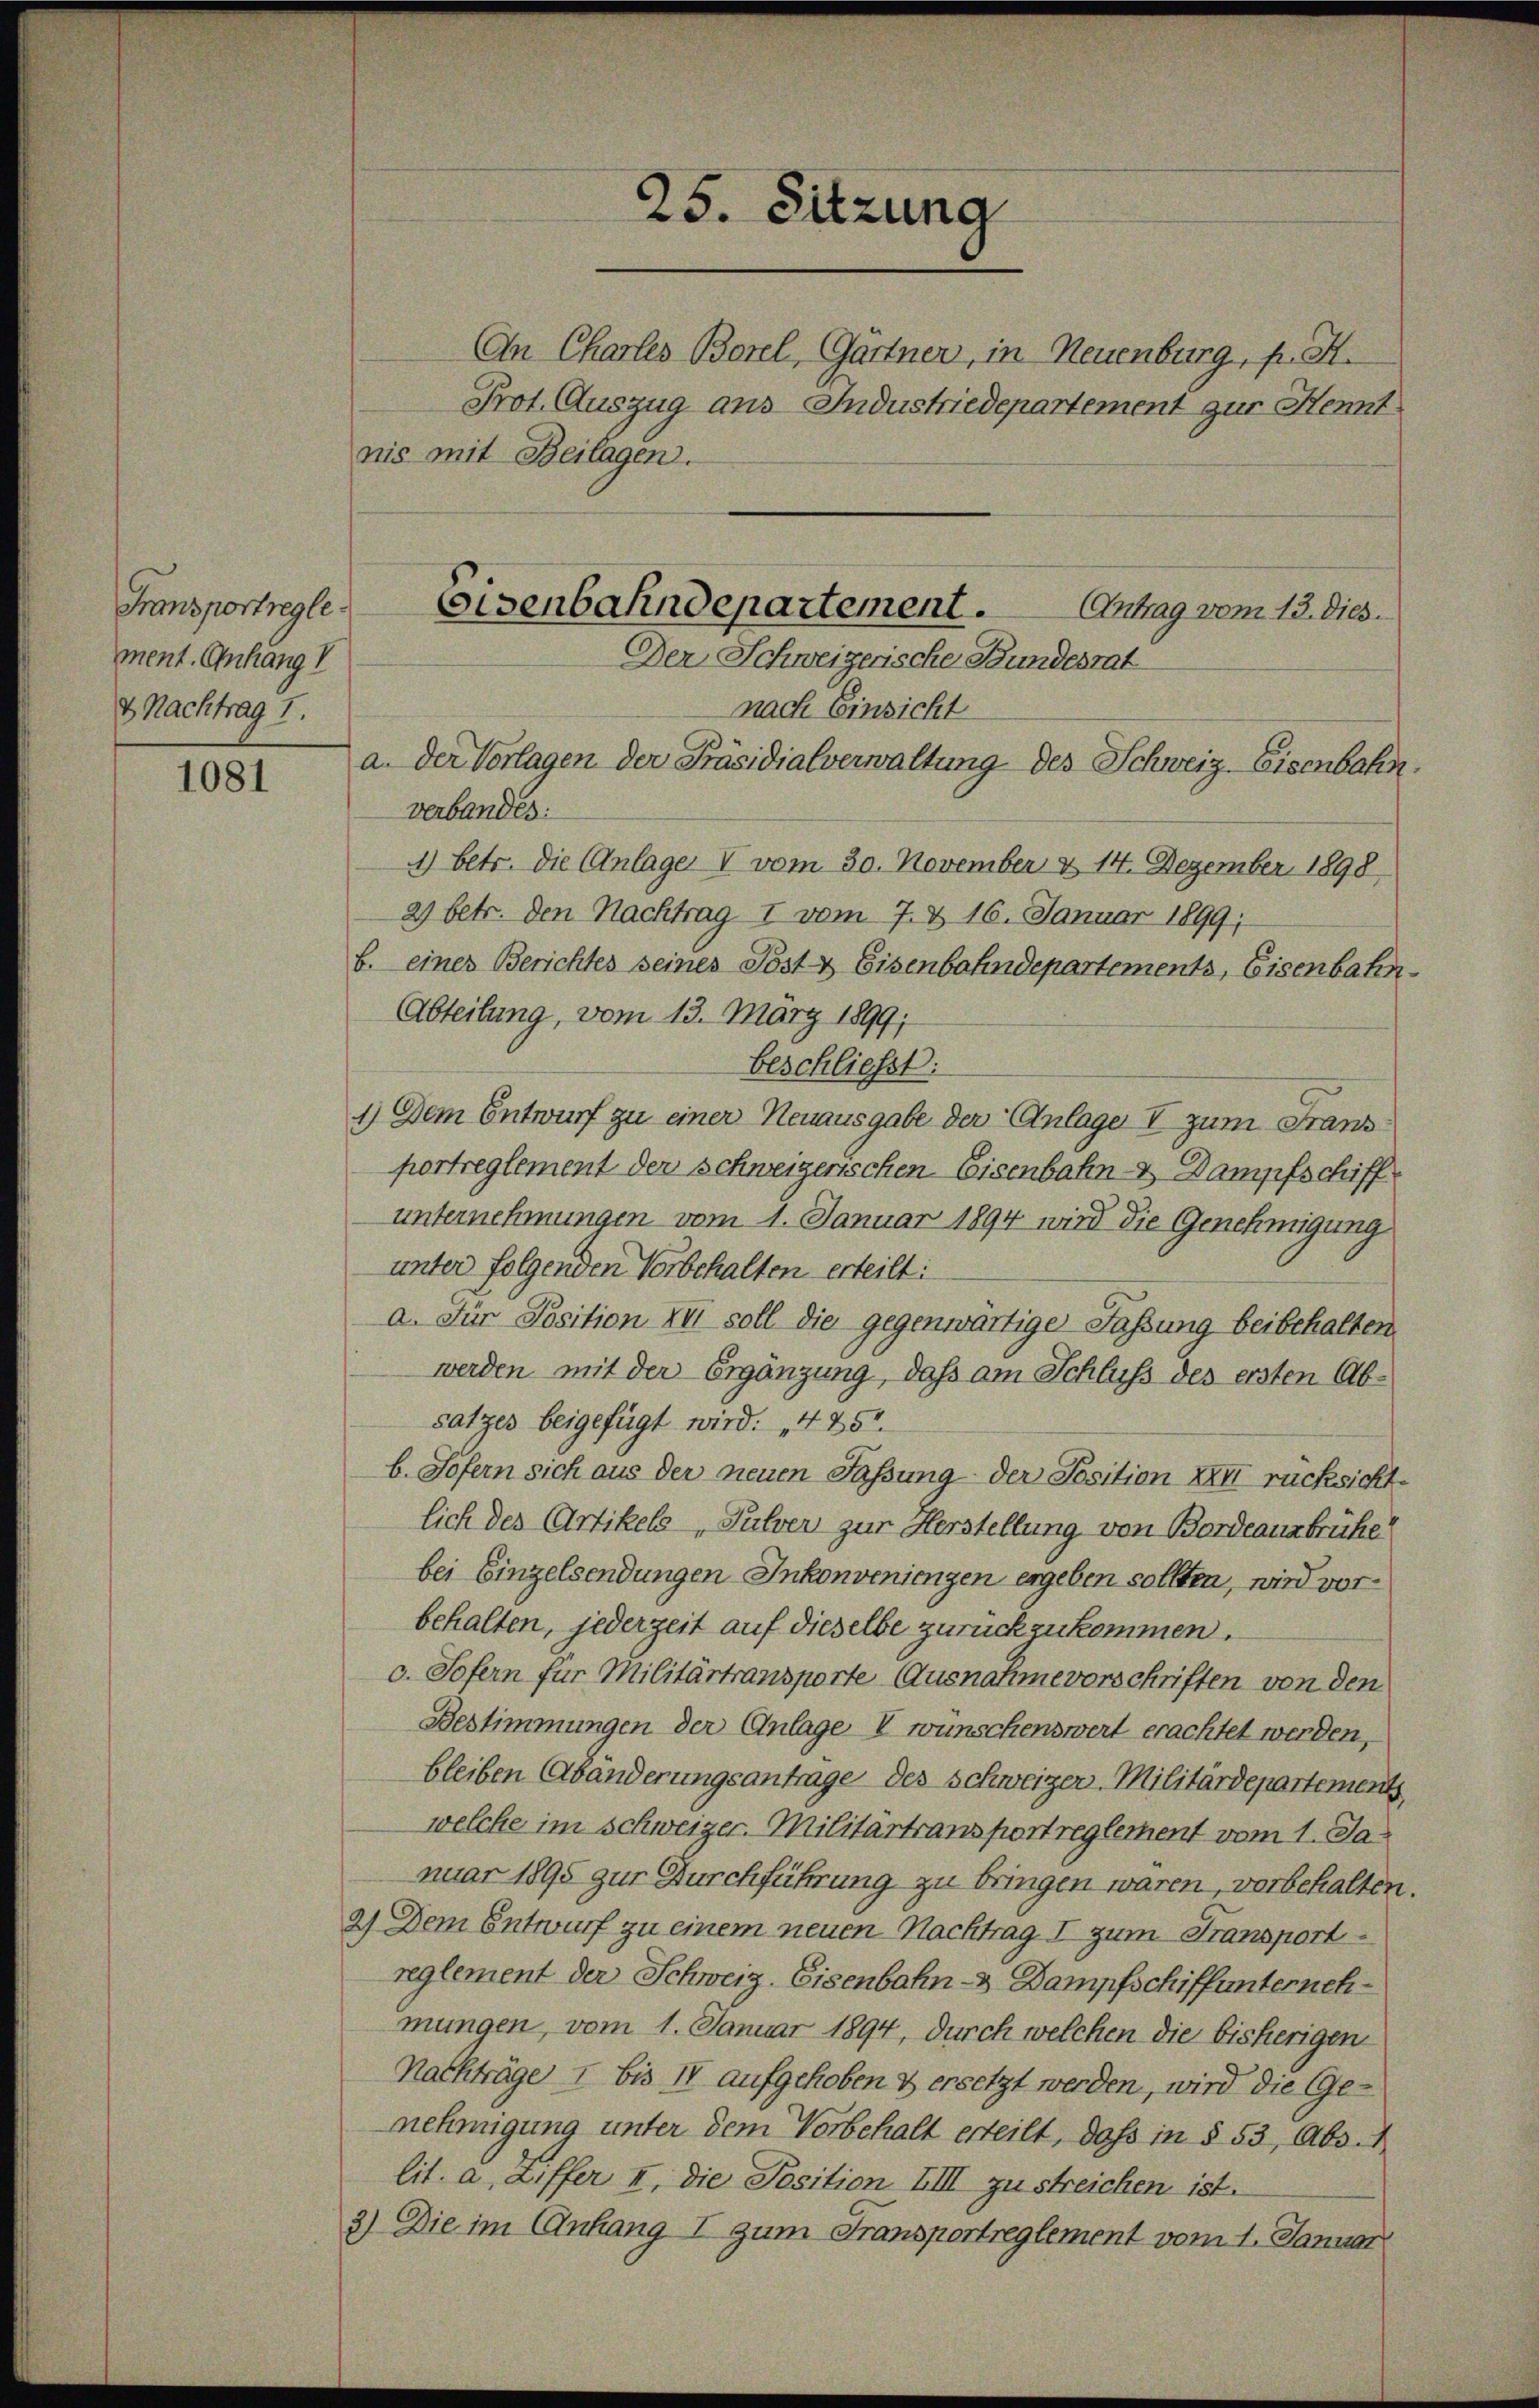
Fransportregle
ment. Anhang V
& Nachtrag 1.

1081

nis mit Beilagen.
verbandes:
1) betr. die Anlage V vom 30. November & 14. Dezember 1898
2) betr. den Nachtrag I vom 7. & 16. Januar 1899;
b. eines Berichtes seines Post- & Eisenbahndepartements, Eisenbahn¬
Abteilung, vom 13. März 1899;
beschliesst:
1.) Dem Entwurf zu einer Neuausgabe der Anlage I zum Fransportreglement der schweizerischen Eisenbahn- & Dampfschiff
unternehmungen vom 1. Januar 1894 wird die Genehmigung
unter folgenden Vorbehalten erteilt:
a. Für Position XVI soll die gegenwärtige Faßung beibehalten.
werden mit der Ergänzung, daß am Schluss des ersten Absatzes beigefügt wird: „485.
b. Sofern sich aus der neuen Fassung der Position XXII rücksichtlich der Artikels Pulver zur Herstellung von Bordeausbrüche
bei Einzelsendungen Inkonveniengen ergeben sollten, wird vorbehalten, jederzeit auf dieselbe zurückzukommen.
c. Sofern für Militärtransporte Ausnahme vorschriften von den
Bestimmungen der Anlage I wünschenswert erachtet werden,
bleiben Abänderungsantrage des Schweizer-Militärdepartement
welche im Schweizer-Militärtransport reglement vom 1. Januar 1895 zur Durchführung zu bringen waren, vorbehalten.
2) Dem Entwurf zu einem neuen Nachtrag I zum Transport
reglement der Schweiz. Eisenbahn - Dampfschiffunternehmungen, vom 1. Januar 1894, durch welchen die bisherigen
Nachträge I bis IV aufgehoben & ersetzt werden, wird die Genehmigung unter dem Vorbehalt erteilt, daß in § 53, Abs.1
lit. a, Ziffer I. die Position III zu streichen ist.
3) Die im Anfang I zum Fransportreglement vom 1. Januar

25. Sitzung

An Charles Borel, Gartner, in Neuenburg, p. A.
Prot. Auszug aus Industriedepartement zur Kennt

Eisenbahndepartement.
Antrag vom 13. dies.
Der Schweizerische Bundesrat
nach Einsicht
a. Der Vorlagen der Präsidialverwaltung des Schweiz. Eisenbahn